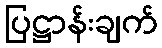
ပြဋ္ဌာန်းချက်